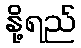
နို့ရည်